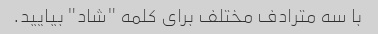
با سه مترادف مختلف برای کلمه "شاد" بیایید.